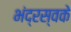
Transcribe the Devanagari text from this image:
भंद्रस्वके